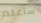
سأعلم